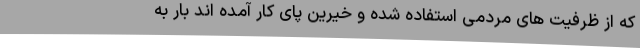
که از ظرفیت های مردمی استفاده شده و خیرین پای کار آمده اند بار به